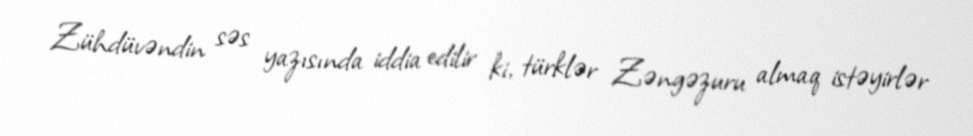
Zühdüvəndin səs yazısında iddia edilir ki, türklər Zəngəzuru almaq istəyirlər